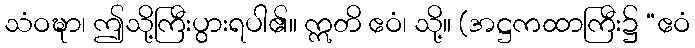
သံဝဍ္ဎာ၊ ဤသို့ကြီးပွားရပါ၏။ ဣတိ ဧဝံ၊ သို့။ (အဋ္ဌကထာကြီး၌ “ဧဝံ